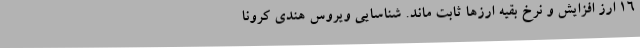
۱۶ ارز افزایش و نرخ بقیه ارزها ثابت ماند. شناسایی ویروس هندی کرونا